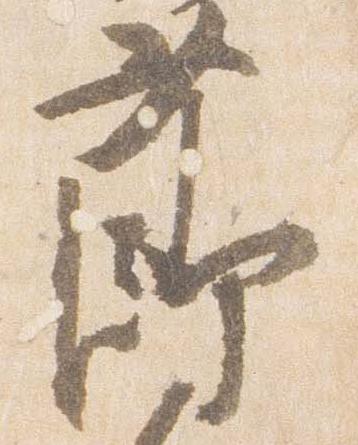
節